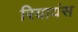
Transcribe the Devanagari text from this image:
रियायंस